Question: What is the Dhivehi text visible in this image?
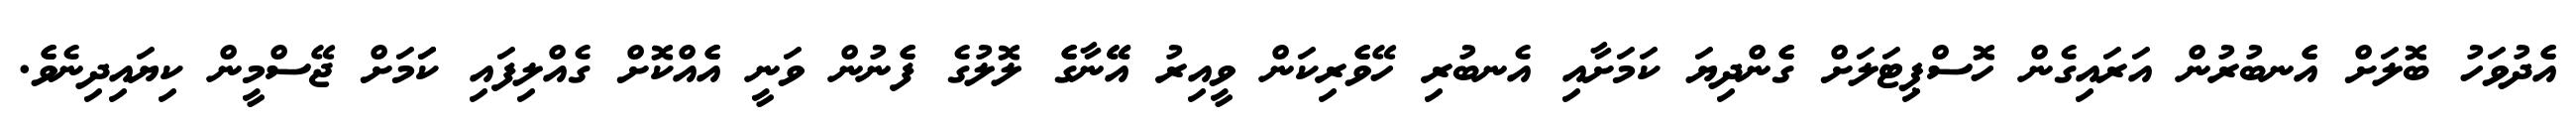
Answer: އެެދުވަހު ބޮލަށް އެެނބުރުން އަރައިގެން ހޮސްޕިޓަލަށް ގެެންދިޔަ ކަމަށާއި އެނބުރި ހޭވެެރިކަން ވީއިރު އޭޭނާގެެ ލޮލުގެ ފެެނުން ވަނީ އެެއްކޮށް ގެއްލިފައި ކަަމަށް ޖޭސްމީން ކިޔައިދިނެވެެ.